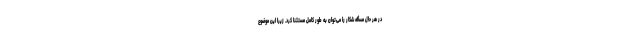
در هر حال مسأله شکار را می‌توان به طور کامل مستثنا کرد. زیرا این موضوع